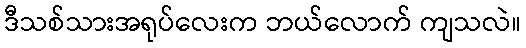
ဒီသစ်သားအရုပ်လေးက ဘယ်လောက် ကျသလဲ။